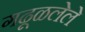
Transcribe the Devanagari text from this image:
गढूळलेले